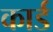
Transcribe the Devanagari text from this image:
कार्ड